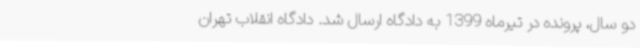
دو سال، پرونده در تیرماه 1399 به دادگاه ارسال شد. دادگاه انقلاب تهران